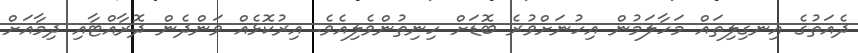
ދެއަތުގެ އިނގިލިތައް މަހާލަމުން އިހުނަށްވުރެ ބޮޑަށް ހިނިތުންވެލިއެވެ. އިރުކޮޅެއް ވަންދެން ދޮރާއްޓާއި ދިމާއަށް